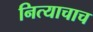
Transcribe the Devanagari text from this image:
नित्याचाच